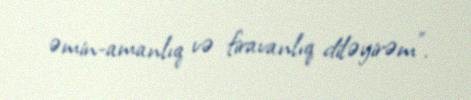
əmin-amanlıq və firavanlıq diləyirəm”.